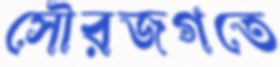
সৌরজগতে